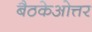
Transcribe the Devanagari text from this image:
बैठकेओत्तर